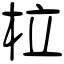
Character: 柆